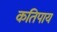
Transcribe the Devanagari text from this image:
कतिपाय